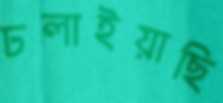
ঢলাইয়াছি